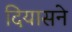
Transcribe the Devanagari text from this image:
दियासने